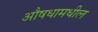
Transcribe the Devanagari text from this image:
औषधामधील